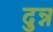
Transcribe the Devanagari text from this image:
दुन्न